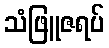
သံဖြူဇရပ်